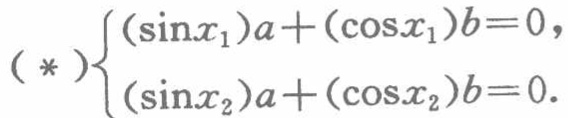
\(( *)\begin{cases}(\sin x_{1})a + (\cos x_{1})b = 0,\\(\sin x_{2})a+(\cos x_{2})b = 0.\end{cases}\)